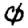
Digit: 0